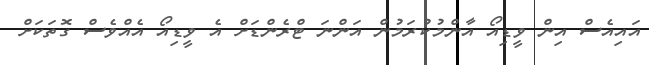
އައިއެސް އިން ވީޑިއޯ އާންމުކުރަމުން އަންނަ ޓްރެންޑަށް އެ ވީޑިއޯ އެއްވެސް ގޮތަކަށް